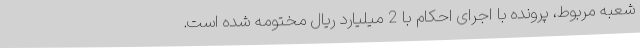
شعبه مربوط، پرونده با اجرای احکام با 2 میلیارد ریال مختومه شده است.